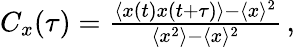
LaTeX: \begin{array}{r}{C_{x}(\tau)=\frac{\left\langle x(t)x(t+\tau)\right\rangle-\langle x\rangle^{2}}{\langle x^{2}\rangle-\langle x\rangle^{2}}\, ,}\end{array}